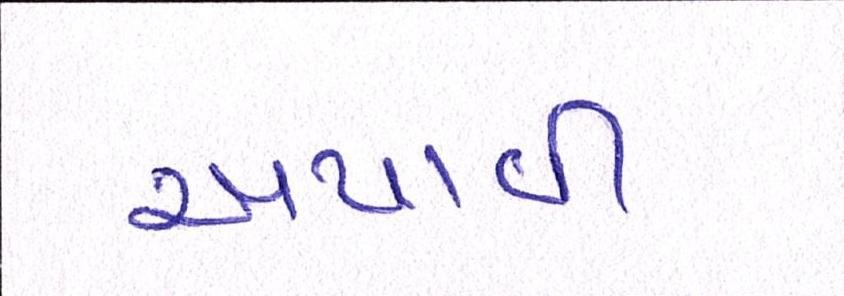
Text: અપાવી